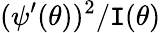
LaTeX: (\psi^{\prime}(\theta))^{2}/\mathtt{I}(\theta)